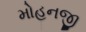
મોહનજી